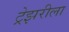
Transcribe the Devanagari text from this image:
ट्रेझरीला